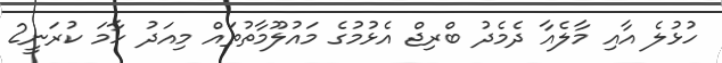
ހުޅުލެ އާއި މާލެއާ ދެމެދު ބްރިޖް އެޅުމުގެ މައުލޫމާތުތައް މިއަދު ހާމަ ކުރަނީ2